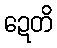
ဍေတိ